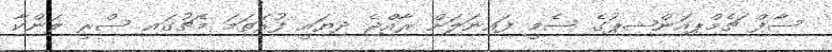
ސާފް ޗެމްޕިއަންޝިޕުގެ ސެމީ ފައިނަލަށް ރާއްޖެ ދިޔައީ ފުރަތަމަ މެޗުގައި ސްރީ ލަންކާ